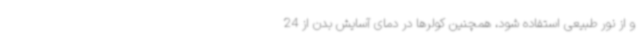
و از نور طبیعی استفاده شود، همچنین کولرها در دمای آسایش بدن از 24